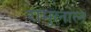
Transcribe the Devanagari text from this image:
रामूलाल